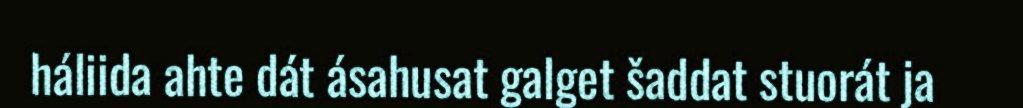
háliida ahte dát ásahusat galget šaddat stuorát ja